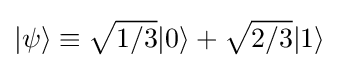
|\psi \rangle \equiv {\sqrt {1/3}}|0\rangle +{\sqrt {2/3}}|1\rangle